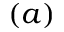
( a )